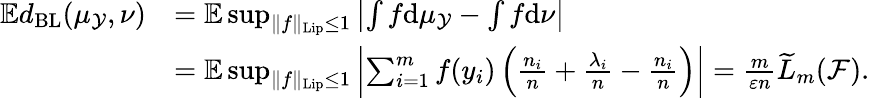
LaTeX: \begin{array}{rl}{\mathbb Ed_{\mathrm{BL}}(\mu_{\mathcal{Y}},\nu)}&{=\mathbb E\operatorname*{sup}_{\| f\| _{\mathrm{Lip}}\leq 1}\left|\int f\mathrm{d}\mu_{\mathcal{Y}}-\int f\mathrm{d}\nu\right|}\\ &{=\mathbb E\operatorname*{sup}_{\| f\| _{\mathrm{Lip}}\leq 1}\left|\sum_{i=1}^{m}f(y_{i})\left(\frac{n_{i}}{n}+\frac{\lambda_{i}}{n}-\frac{n_{i}}{n}\right)\right|=\frac{m}{\varepsilon n}\widetilde L_{m}(\mathcal F).}\end{array}